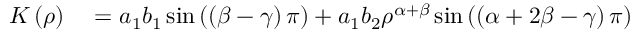
\begin{array} { r l } { K \left( \rho \right) } & { { } = a _ { 1 } b _ { 1 } \sin \left( \left( \beta - \gamma \right) \pi \right) + a _ { 1 } b _ { 2 } \rho ^ { \alpha + \beta } \sin \left( \left( \alpha + 2 \beta - \gamma \right) \pi \right) } \end{array}